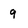
Character: 9